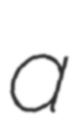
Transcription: a